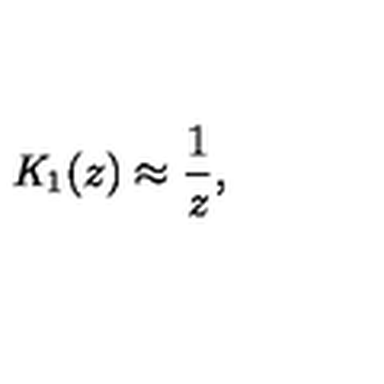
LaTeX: { \mathit { K } } _ { 1 } ( z ) \approx \frac { 1 } { z } ,